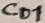
Text: Co1